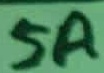
Text: 5A